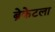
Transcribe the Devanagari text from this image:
ब्रेकेटला